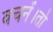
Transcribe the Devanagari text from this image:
वचनें।तो